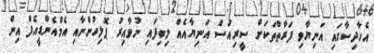
އެހާދިސާގައި އަނިޔާވި ފަރާތްތަކަށް ސީރިއަސް އަނިޔާއެއް ލިބިފައި ނުވާއިރު ޕޮލިހުންނާއި އެމްއެންޑީއެފް އިން